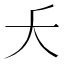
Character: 𫯛